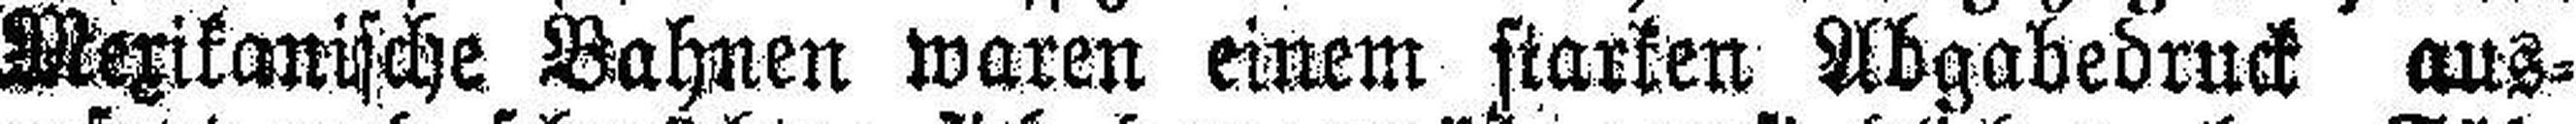
Mexikanische Bahnen waren einem starken Abgabedruck aus¬